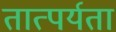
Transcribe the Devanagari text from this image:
तात्पर्यता